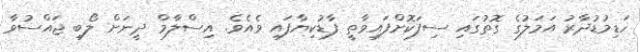
ހަޑިމުޑުދާރު އަމަލުގެ ގޮތުގައި ސިފަކޮށްފައިވާތީ ފާޑުކިޔާފައި ވެއެވެ. އިސްލާމް ދީނަށް ލޯބި ޖައްސުވާ